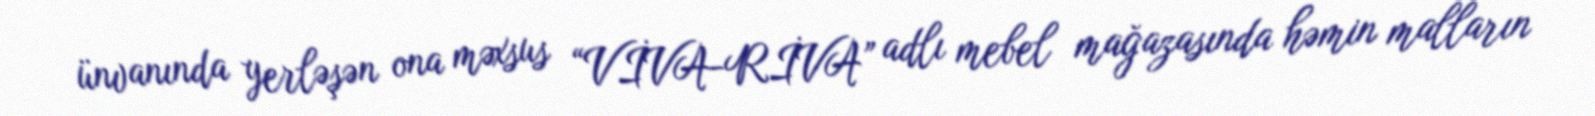
ünvanında yerləşən ona məxsus “VİVA-RİVA” adlı mebel mağazasında həmin malların